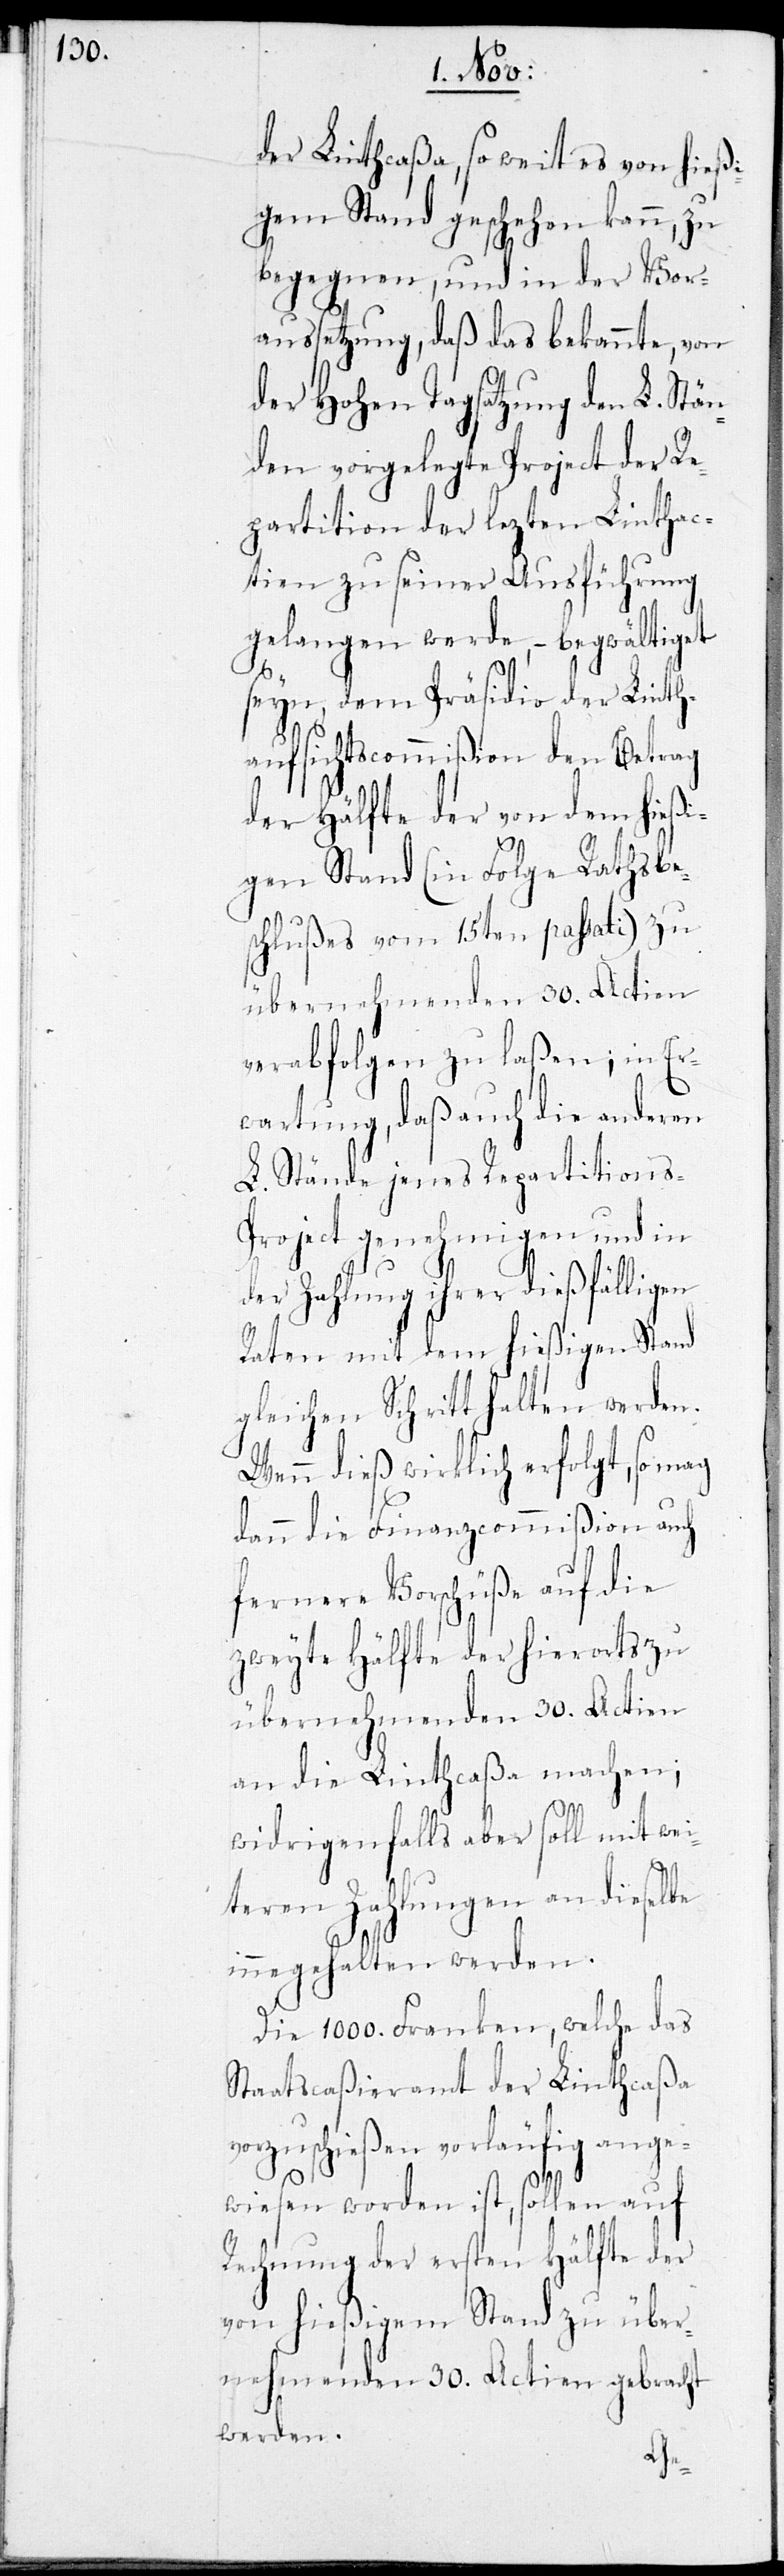
der Linthcaßa, so weit es von hießi¬
gem Stand geschehen kann, zu
begegnen, und in der Vor¬
aussetzung, daß das bekannte, von
der Hohen Tagsatzung den L. Stän¬
den vorgelegte Project der Re¬
partition der lezten Linthac¬
tien zu seiner Ausführung
gelangen werde, – begwältiget
seyn, dem Präsidio der Linth¬
aufsichtscommißion den Betrag
der Hälfte der von dem hießi¬
gen Stand (in Folge Rathsbe¬
schlußes vom 15ten passati) zu
übernehmenden 30. Actien
verabfolgen zu laßen; in Er¬
wartung, daß auch die anderen
L. Stände jenes Repartitions-P¬
roject genehmigen und in
der Zahlung ihrer dießfälligen
Raten mit dem hießigen Stand
gleichen Schritt halten werden.
Wenn dieß wirklich erfolgt, so mag
dann die Finanzcommißion auch
fernere Vorschüße auf die
zweyte Hälfte der hierorts zu
übernehmenden 30. Actien
an die Linthcaßa machen;
widrigenfalls aber soll mit wei¬
teren Zahlungen an dieselbe
innegehalten werden.
Die 1000. Franken, welche das
Staatscaßieramt der Linthcaßa
vorzuschießen vorläufig ange¬
wiesen worden ist, sollen auf
Rechnung der ersten Hälfte der
von hießigem Stand zu über¬
nehmenden 30. Actien gebracht
werden.